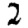
Digit: 2